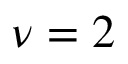
\nu = 2